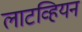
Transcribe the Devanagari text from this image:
लाटव्हियन